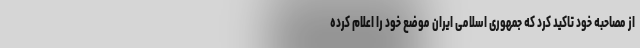
از مصاحبه خود تاکید کرد که جمهوری اسلامی ایران موضع خود را اعلام کرده